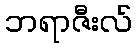
ဘရာဇီးလ်